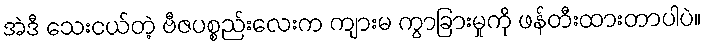
အဲဒီ သေးငယ်တဲ့ ဗီဇပစ္စည်းလေးက ကျားမ ကွာခြားမှုကို ဖန်တီးထားတာပါပဲ။